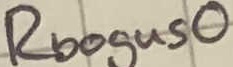
Text: Rbogus0